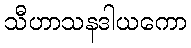
သီဟာသနဒါယကော